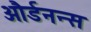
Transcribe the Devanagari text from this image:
और्डनन्स